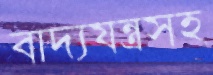
বাদ্যযন্ত্রসহ